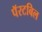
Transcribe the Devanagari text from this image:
पॅरटबिल